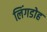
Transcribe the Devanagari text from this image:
लिंगडोह